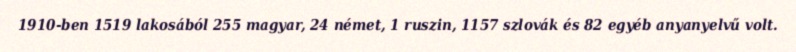
1910-ben 1519 lakosából 255 magyar, 24 német, 1 ruszin, 1157 szlovák és 82 egyéb anyanyelvű volt.